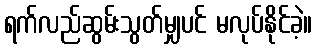
ရက်လည်ဆွမ်းသွတ်မျှပင် မလုပ်နိုင်ခဲ့။